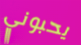
يحبوني